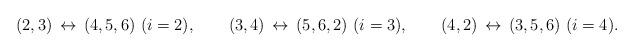
LaTeX: \begin{align*} (2,3) \, \leftrightarrow \, (4,5,6) \ (i=2), \qquad (3,4) \, \leftrightarrow \, (5,6,2) \ (i=3), \qquad (4,2) \, \leftrightarrow \, (3,5,6) \ (i=4).\end{align*}